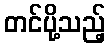
တင်ပို့သည့်